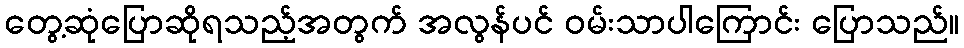
တွေ့ဆုံပြောဆိုရသည့်အတွက် အလွန်ပင် ဝမ်းသာပါကြောင်း ပြောသည်။